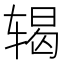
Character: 𬨍